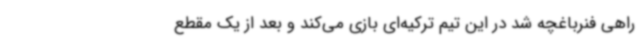
راهی فنرباغچه شد در این تیم ترکیه‌ای بازی می‌کند و بعد از یک مقطع